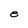
Character: e